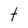
Character: t